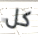
كل